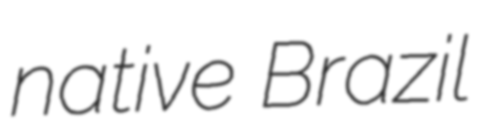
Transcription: native Brazil